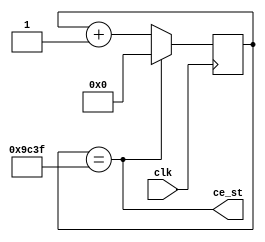
`timescale 1ns / 1ps
module Gen_st(
    input clk,	output wire ce_st
    );

//Trep = 800us = 800000ns
parameter Nt = 800000/20; //40000

reg [15:0] cb = 0;

assign ce_st = (cb == (Nt - 1));

always @(posedge clk) begin
	cb <= ce_st ? 0 : cb + 1;
end

endmodule